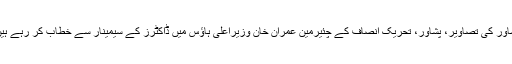
پشاور کی تصاویر، پشاور، تحریک انصاف کے چئیرمین عمران خان وزیراعلی ہاؤس میں ڈاکٹرز کے سیمینار سے خطاب کر رہے ہیں۔